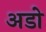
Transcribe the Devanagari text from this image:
अडो